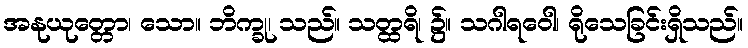
အနုယုတ္တော၊ သော။ ဘိက္ခု၊ သည်။ သတ္ထရိ၊ ၌။ သဂါရဝေါ၊ ရိုသေခြင်းရှိသည်။